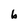
Character: b